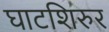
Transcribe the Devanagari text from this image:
घाटशिरुर